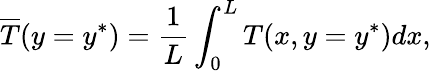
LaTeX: \overline{{T}}(y=y^{*})=\frac{1}{L}\int_{0}^{L}T(x,y=y^{*})dx,